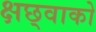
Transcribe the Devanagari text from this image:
क्षछ्वाको